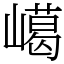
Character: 嶱